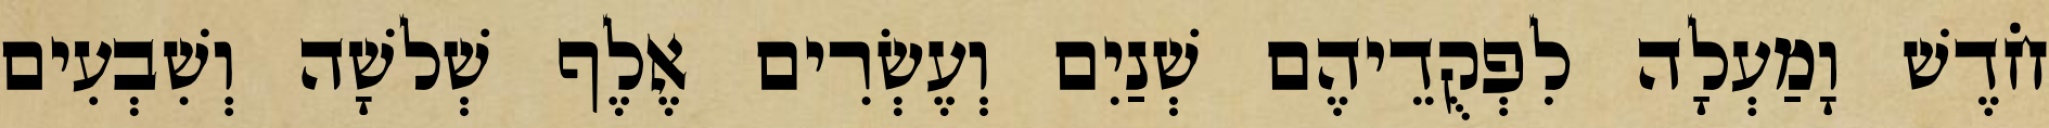
חֹדֶשׁ וָמַעְלָה לִפְקֻדֵיהֶם שְׁנַיִם וְעֶשְׂרִים אֶלֶף שְׁלשָׁה וְשִׁבְעִים